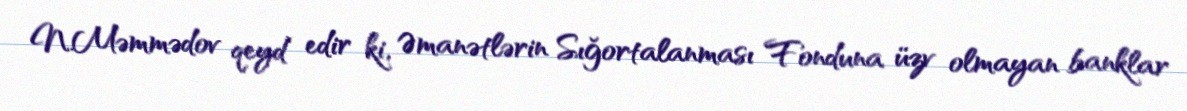
N.Məmmədov qeyd edir ki, Əmanətlərin Sığortalanması Fonduna üzv olmayan banklar